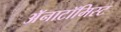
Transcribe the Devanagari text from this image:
अॅनाटॉमिस्ट